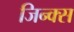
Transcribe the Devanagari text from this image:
जिन्क्स